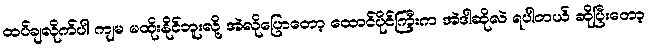
ထပ်ချလိုက်ပါ ကျမ မထိုးနိုင်ဘူးလို့ အဲလိုပြောတော့ ထောင်ပိုင်ကြီးက အဲဒါဆိုလဲ ရပါတယ် ဆိုပြီးတော့